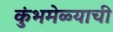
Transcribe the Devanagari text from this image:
कुंभमेळ्याची